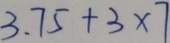
3 . 7 5 + 3 \times 7